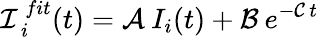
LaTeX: \mathcal{I}_{\, i}^{\, fit}(t)=\mathcal{A}\: I_{i}(t)+\mathcal{B}\: e^{-\mathcal{C}\, t}